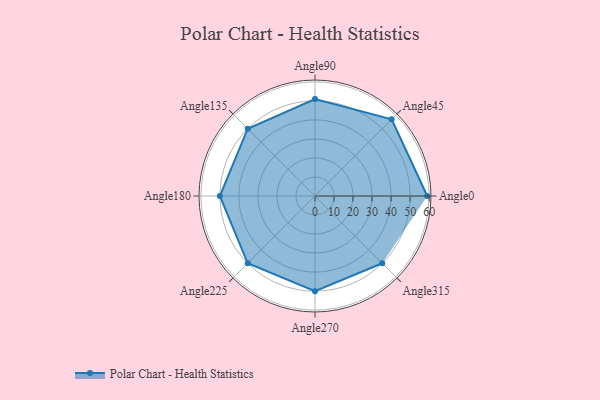
{"axis": {"x": "Angle", "y": "Radius"}, "legend": [""], "data": [{"x": "Angle0", "y": 59.0, "type": ""}, {"x": "Angle45", "y": 57.0, "type": ""}, {"x": "Angle90", "y": 51.0, "type": ""}, {"x": "Angle135", "y": 50.0, "type": ""}, {"x": "Angle180", "y": 50, "type": ""}, {"x": "Angle225", "y": 50, "type": ""}, {"x": "Angle270", "y": 50, "type": ""}, {"x": "Angle315", "y": 50, "type": ""}]}